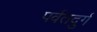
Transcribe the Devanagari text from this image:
पर्वतदुर्ग